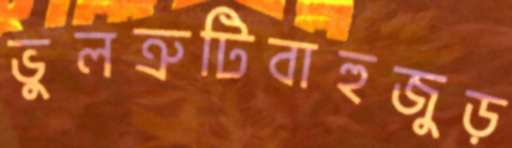
ভুলত্রুটিবাহুজুড়